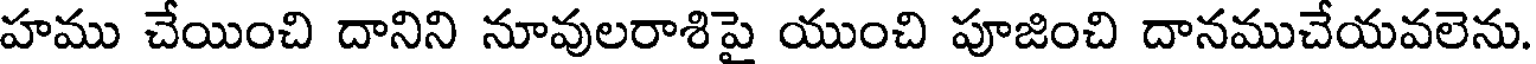
హము చేయించి దానిని నూవులరాశిపై యుంచి పూజించి దానముచేయవలెను